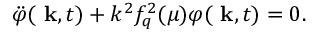
\ddot { \varphi } ( \mathrm { \bf ~ k } , t ) + k ^ { 2 } f _ { q } ^ { 2 } ( \mu ) \varphi ( \mathrm { \bf ~ k } , t ) = 0 .